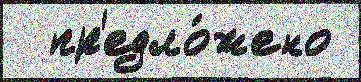
  пр'едло́жено